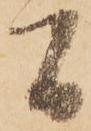
間